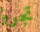
تجرؤ